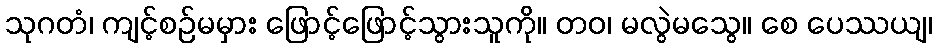
သုဂတံ၊ ကျင့်စဉ်မမှား ဖြောင့်ဖြောင့်သွားသူကို။ တဝ၊ မလွဲမသွေ။ စေ ပေဿယျ၊